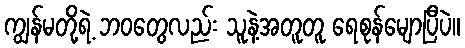
ကျွန်မတို့ရဲ့ ဘဝတွေလည်း သူနဲ့အတူတူ ရေစုန်မျောပြီပဲ။